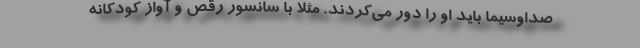
صداوسیما باید او را دور می‌کردند. مثلاً با سانسور رقص و آواز کودکانه